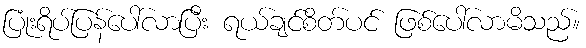
ပြုံးရိပ်ပြန်ပေါ်လာပြီး ရယ်ချင်စိတ်ပင် ဖြစ်ပေါ်လာမိသည်။